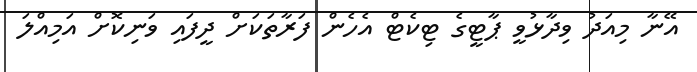
އޭނާ މިއަދު ވިދާޅުވީ ޕާޓީގެ ޓިކެޓް އެހެން ފަރާތަކަށް ދީފައި ވަނިކޮށް އަމިއްލަ